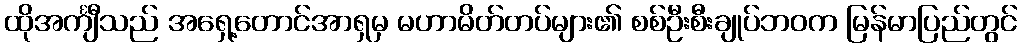
ထိုအင်္ကျီသည် အရှေ့တောင်အာရှမှ မဟာမိတ်တပ်များ၏ စစ်ဦးစီးချုပ်ဘဝက မြန်မာပြည်တွင်